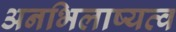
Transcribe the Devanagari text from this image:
अनभिलाष्यत्व